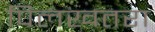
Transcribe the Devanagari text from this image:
पिलखतरा